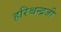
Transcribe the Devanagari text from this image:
हरिश्चन्द्रजी